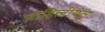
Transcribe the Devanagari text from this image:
जाहिलीयत